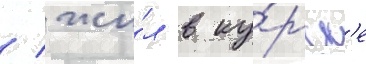
/ жи́л в ку́рск'е